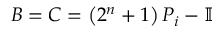
B = C = \left( 2 ^ { n } + 1 \right) P _ { i } - \mathbb { I }